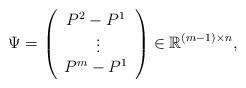
LaTeX: \begin{align*}\Psi=\left(\begin{array}{c}P^2-P^1\\\ \vdots\\P^m-P^1\end{array}\right)\in\mathbb{R}^{(m-1)\times n},\end{align*}